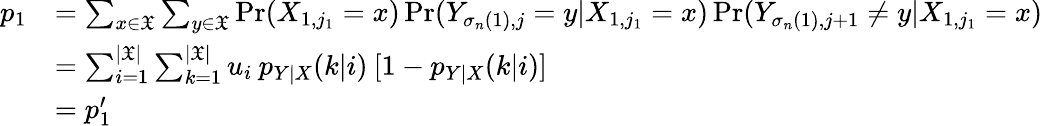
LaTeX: \begin{array}{rl}{p_{1}}&{=\sum_{x\in\mathfrak{X}}\sum_{y\in\mathfrak{X}}\operatorname*{Pr}(X_{1,j_{1}}=x)\operatorname*{Pr}(Y_{\sigma_{n}(1),j}=y|X_{1,j_{1}}=x)\operatorname*{Pr}(Y_{\sigma_{n}(1),j+1}\neq y|X_{1,j_{1}}=x)}\\ &{=\sum_{i=1}^{|\mathfrak{X}|}\sum_{k=1}^{|\mathfrak{X}|}u_{i}\: p_{Y|X}(k|i)\: [1-p_{Y|X}(k|i)]}\\ &{=p_{1}^{\prime}}\end{array}